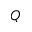
Q